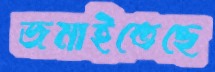
জমাইতেছে